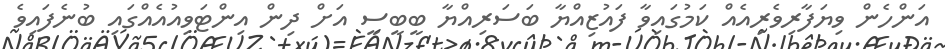
އަންހެން ވިޔަފާރިވެރިއެއް ކަމުގައިވާ ފައުޒިއްޔާ ބަސަރިއްޔާ ބީބީސީ އަށް ދިން އިންޓަވިއުއެއްގައި ބުނެފައިވެ